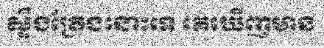
ស្ទឹងត្រែងនោះទេ គេឃើញមាន